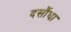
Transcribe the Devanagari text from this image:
दसौंधा